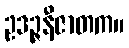
ဥဒဉ္ဇနီဇာတက။